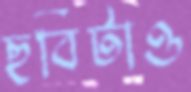
ছবিটাও